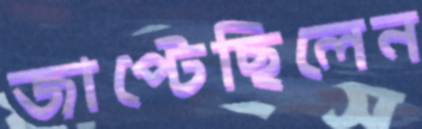
জাপ্‌টেছিলেন